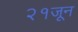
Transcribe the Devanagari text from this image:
२१जून